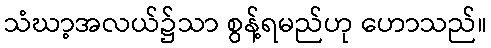
သံဃာ့အလယ်၌သာ စွန့်ရမည်ဟု ဟောသည်။